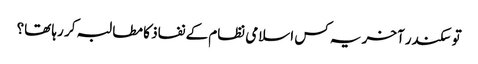
تو سکندر آخر یہ کس اسلامی نظام کے نفاذ کا مطالبہ کر رہا تھا؟